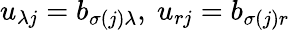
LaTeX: u_{\lambda j}=b_{\sigma(j)\lambda},\ u_{rj}=b_{\sigma(j)r}